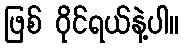
ဖြစ် ဝိုင်ရယ်နဲ့ပါ။